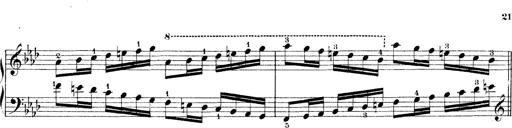
Title: Technische Studien
Composer: Franz Liszt